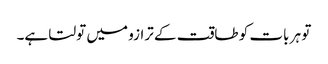
تو ہر بات کو طاقت کے ترازو میں تولتا ہے۔